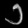
Digit: ၁